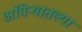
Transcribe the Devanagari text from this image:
ऑपेऱ्यातल्या